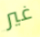
غير